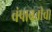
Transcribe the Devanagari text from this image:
चंपावतीचा